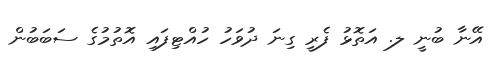
އޭނާ ބުނީ ލ. އަތޮޅު ފެރީ ގިނަ ދުވަހު ހުއްޓިފައި އޮތުމުގެ ސަބަބުން